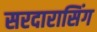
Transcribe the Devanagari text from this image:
सरदारासिंग